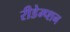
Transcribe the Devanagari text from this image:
रीडेम्प्शन